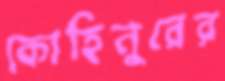
কোহিনুরের